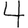
Digit: 4